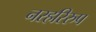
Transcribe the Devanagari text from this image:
नरहरिरुप